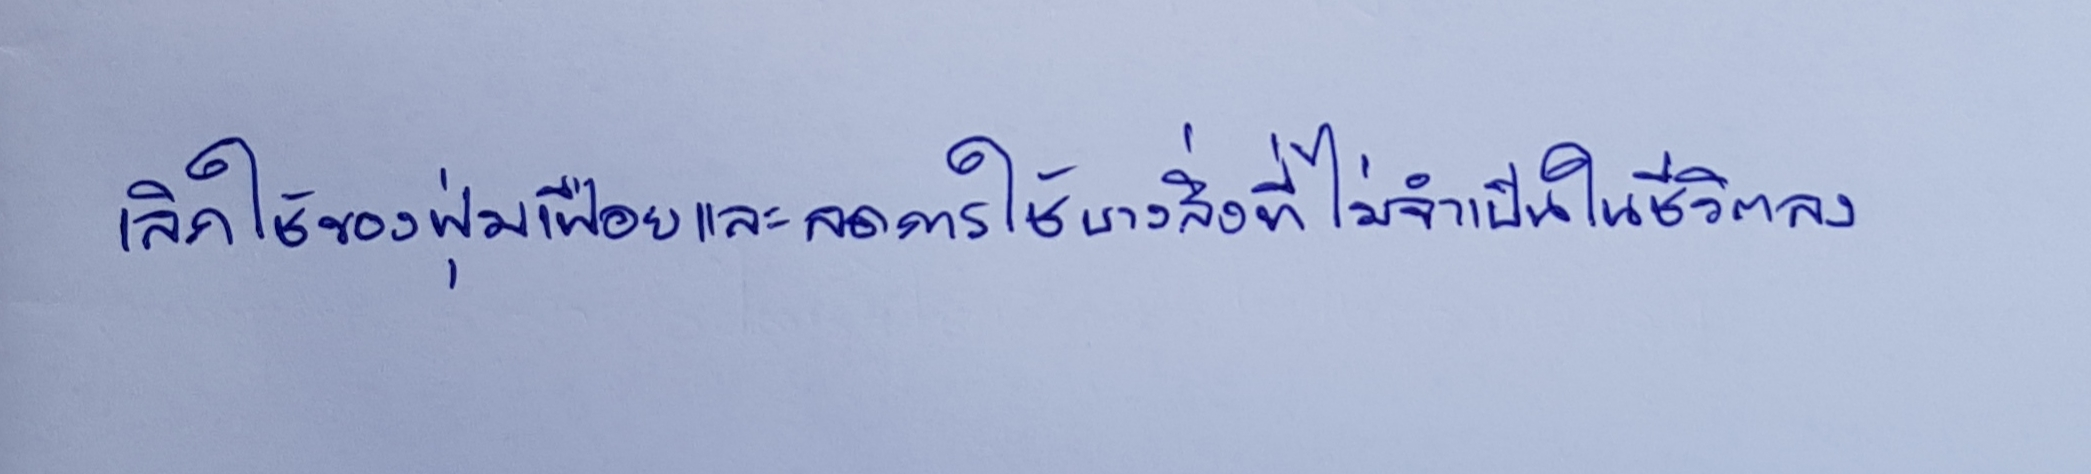
เลิกใช้ของฟุ่มเฟือยและลดการใช้บางสิ่งที่ไม่จำเป็นในชีวิตลง